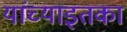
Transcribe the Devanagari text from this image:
यांच्याइतका